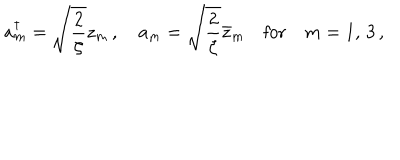
a _ { m } ^ { \dagger } = \sqrt { \frac { 2 } { \zeta } } z _ { m } \, , \quad a _ { m } = \sqrt { \frac { 2 } { \zeta } } \bar { z } _ { m } \quad \textrm { f o r } \quad m = 1 , \, 3 \, ,